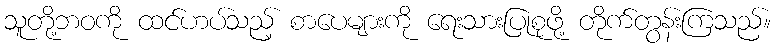
သူတို့ဘဝကို ထင်ဟပ်သည့် စာပေများကို ရေးသားပြုစုဖို့ တိုက်တွန်းကြသည်။